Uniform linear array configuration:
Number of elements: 12
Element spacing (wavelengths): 0.5
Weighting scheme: binomial
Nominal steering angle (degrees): -45
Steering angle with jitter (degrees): -46.286
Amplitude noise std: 0.05
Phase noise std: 0.05

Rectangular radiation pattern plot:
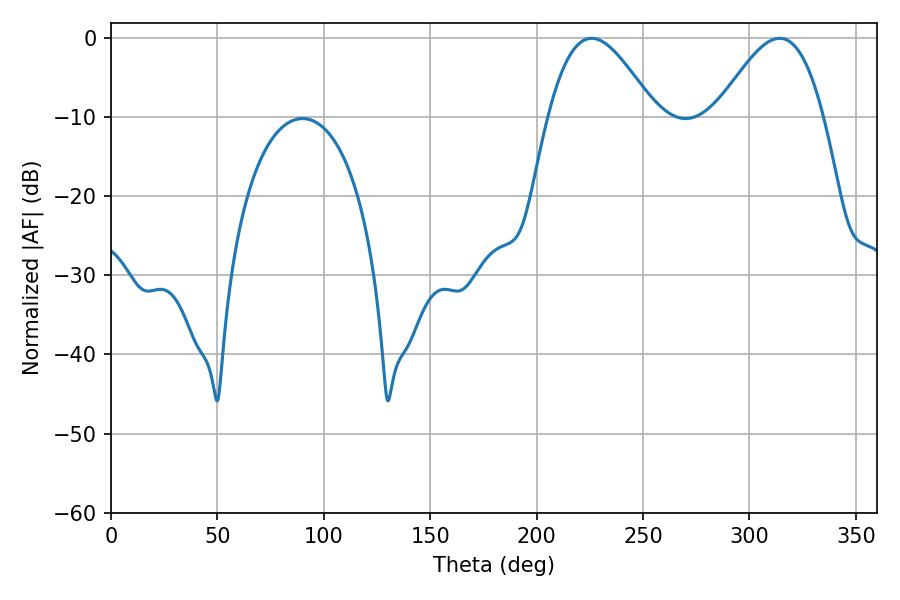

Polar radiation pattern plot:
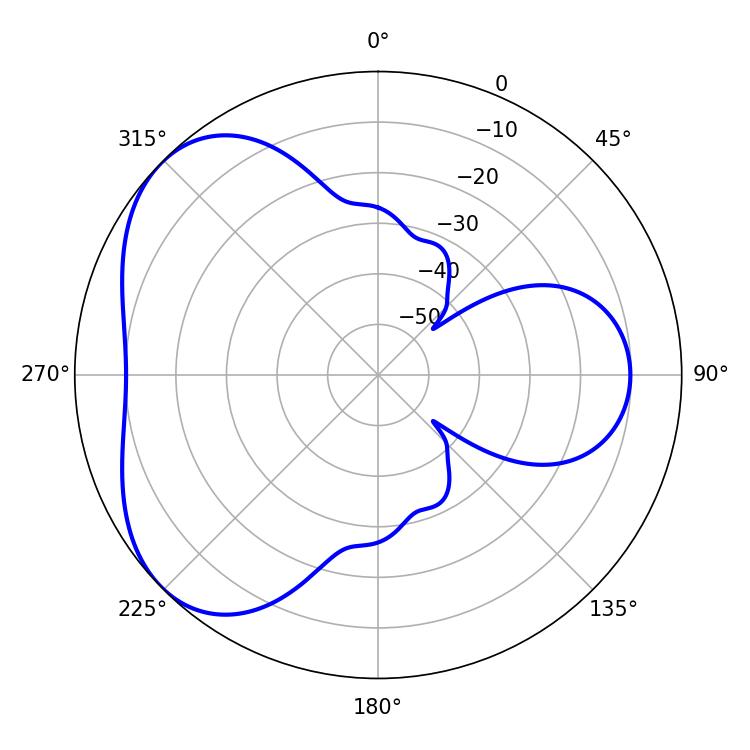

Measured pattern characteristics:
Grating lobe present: FALSE
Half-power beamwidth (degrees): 26.82
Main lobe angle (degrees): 225.9